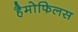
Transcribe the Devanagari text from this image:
हैमोफिलस